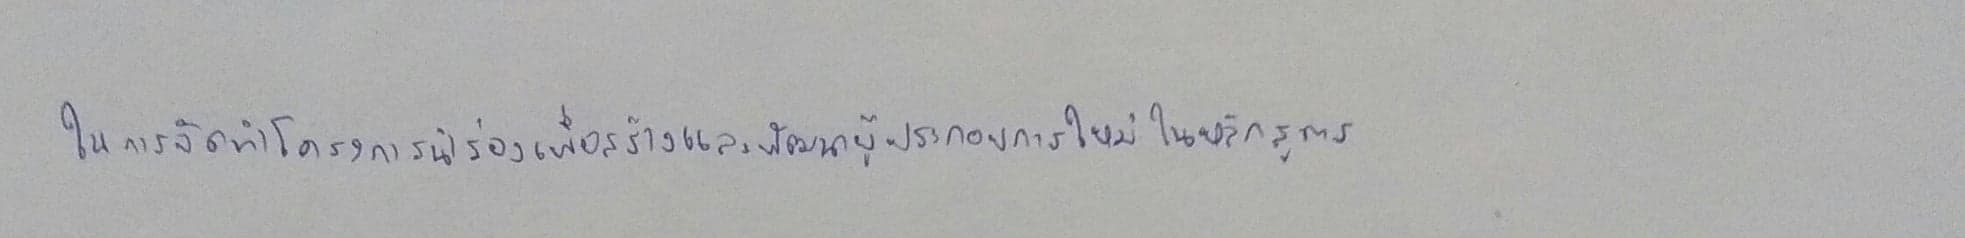
ในการจัดทำโครงการนำร่องเพื่อสร้างและพัฒนาผู้ประกอบการใหม่ในหลักสูตร